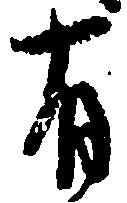
有